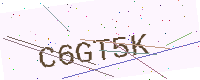
Text: C6GT5K